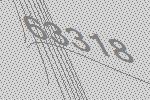
63318